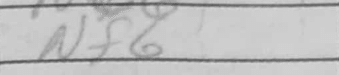
Transcription: Nf6